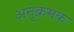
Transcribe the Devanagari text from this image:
अनुक्रमक